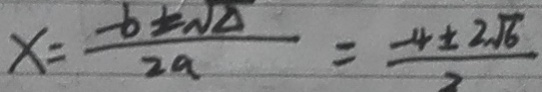
x = \frac { - b \pm \sqrt { \Delta } } { 2 a } = \frac { - 4 \pm 2 \sqrt { 6 } } { 2 }